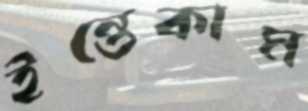
ইন্তেকাম